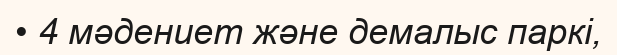
• 4 мәдениет және демалыс паркі,